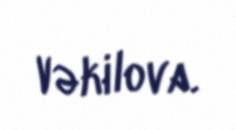
Vəkilova.